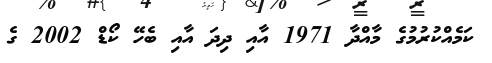
ކަމެއްކުރުމުގެ މާއްދާ 1971 އާއި ދިދަ އާއި ބެހޭ ކޯޑް 2002 ގެ